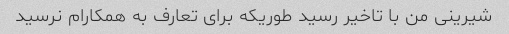
شیرینی من با تاخیر رسید طوریکه برای تعارف به همکارام نرسید